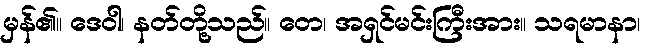
မှန်၏။ ဒေဝါ၊ နတ်တို့သည်။ တေ၊ အရှင်မင်းကြီးအား။ သရမာနာ၊